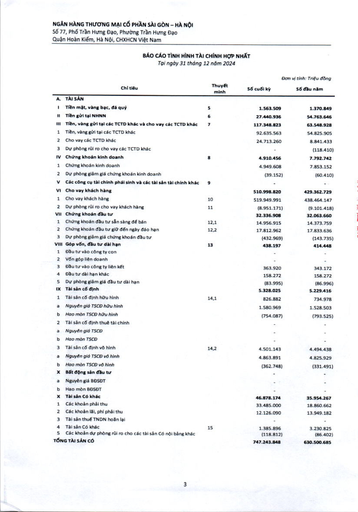
||Chỉ tiêu|Thuyết minh|Số cuối kỳ|Số đầu năm| |---|---|---|---|---| |A.|TÀI SẢN|||| |I|Tiền mặt, vàng bạc, đá quý|5|1.563.509|1.370.849| |=|Tiền gửi tại NHNN|6|27.440.936|54.763.646| |III|Tiền, vàng gửi tại các TCTD khác và cho vay các TCTD khác|7|117.348.823|63.548.928| |1|Tiền, vàng gửi tại các TCTD khác||92.635.563|54.825.905| |2|Cho vay các TCTD khác||24.713.260|8.841.433| |3|Dự phòng rủi ro cho vay các TCTD khác|||(118.410)| |IV|Chứng khoán kinh doanh|8|4.910.456|7.792.742| |1|Chứng khoán kinh doanh||4.949.608|7.853.152| |2|Dự phòng giảm giá chứng khoán kinh doanh||(39.152)|(60.410)| |V|Các công cụ tài chính phái sinh và các tài sản tài chính khác|9|-|| |VI|Cho vay khách hàng||510.998.820|429.362.729| |1|Cho vay khách hàng|10|519.949.991|438.464.147| |2|Dự phòng rủi ro cho vay khách hàng|11|(8.951.171)|(9.101.418)| |VII|Chứng khoán đầu tư||32.336.908|32.063.660| |1|Chứng khoán đầu tư sẵn sàng để bán|12,1|14.956.915|14.373.759| |2|Chứng khoán đầu tư giữ đến ngày đáo hạn|12,2|17.812.962|17.833.636| |3|Dự phòng giảm giá chứng khoán đầu tư||(432.969)|(143.735)| |VIII|Góp vốn, đầu tư dài hạn|13|438.197|414.448| |1|Đầu tư vào công ty con|||| |2|Vốn góp liên doanh|||| |3|Đầu tư vào công ty liên kết||363.920|343.172| |4|Đầu tư dài hạn khác||158.272|158.272| |5|Dự phòng giảm giá đầu tư dài hạn||(83.995)|(86.996)| |IX|Tài sản cố định||5.328.025|5.229.416| |1|Tài sản cố định hữu hình|14,1|826.882|734.978| |a|Nguyên giá TSCĐ hữu hình||1.580.969|1.528.503| |b|Hao mòn TSCĐ hữu hình||(754.087)|(793.525)| |2|Tài sản cố định thuê tài chính|||| |a|Nguyên giá TSCĐ|||| |b|Hao mòn TSCĐ|||| |3|Tài sản cố định vô hình|14,2|4.501.143|4.494.438| |a|Nguyên giá TSCĐ vô hình||4.863.891|4.825.929| |b|Hao mòn TSCĐ vô hình||(362.748)|(331.491)| |x|Bất động sản đầu tư|||| |a|Nguyên giá BĐSĐT|||| |b|Hao mòn BĐSĐT|||| |x|Tài sản có khác||46.878.174|35.954.267| |1|Các khoản phải thu||33.485.000|18.860.662| |2|Các khoản lãi, phí phải thu||12.126.090|13.949.182| |3|Tài sản thuế TNDN hoãn lại|||| |4|Tài sản có khác|15|1.385.896|3.230.825| |5|Các khoản dự phòng rủi ro cho các tài sản có nội bảng khác||(118.812)|(86.402)| |TỔNG|TÀI SẢN CÓ||747.243.848|630.500.685|